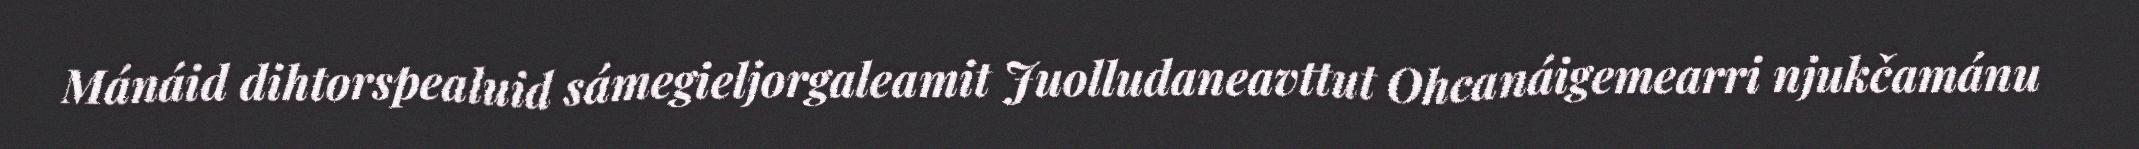
Mánáid dihtorspealuid sámegieljorgaleamit Juolludaneavttut Ohcanáigemearri njukčamánu